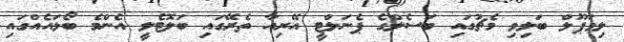
ލިވަޕޫލް ބަލިވި މެޗުގައި ބަސެލްގެ ޕެނަލްޓީ އޭރިއާ ތެރޭގައި ބަލޮޓެލީ އެންމެ ބޯޅައެއްގައި